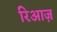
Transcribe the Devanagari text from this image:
रिआज़